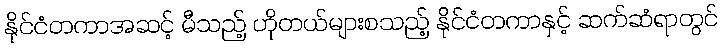
နိုင်ငံတကာအဆင့် မီသည့် ဟိုတယ်များစသည့် နိုင်ငံတကာနှင့် ဆက်ဆံရာတွင်